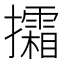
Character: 𢹩